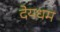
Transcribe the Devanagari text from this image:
देयधम